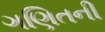
ગણિતની